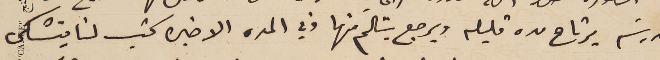
المدرسَه يرتاح مده قليله ويرجع يتالَم منها وفي المده الاخيره كتب لنا يتشكى